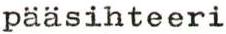
pääsihteeri